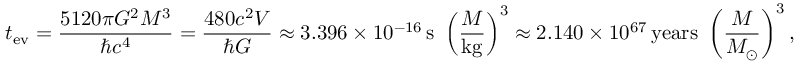
t _ { \mathrm { e v } } = { \frac { 5 1 2 0 \pi G ^ { 2 } M ^ { 3 } } { \hbar c ^ { 4 } } } = { \frac { 4 8 0 c ^ { 2 } V } { \hbar G } } \approx 3 . 3 9 6 \times 1 0 ^ { - 1 6 } \, \mathrm { s } \ \left( { \frac { M } { \mathrm { k g } } } \right) ^ { 3 } \approx 2 . 1 4 0 \times 1 0 ^ { 6 7 } \, { \mathrm { y e a r s } } \ \left( { \frac { M } { M _ { \odot } } } \right) ^ { 3 } ,